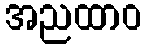
အညထာဝ